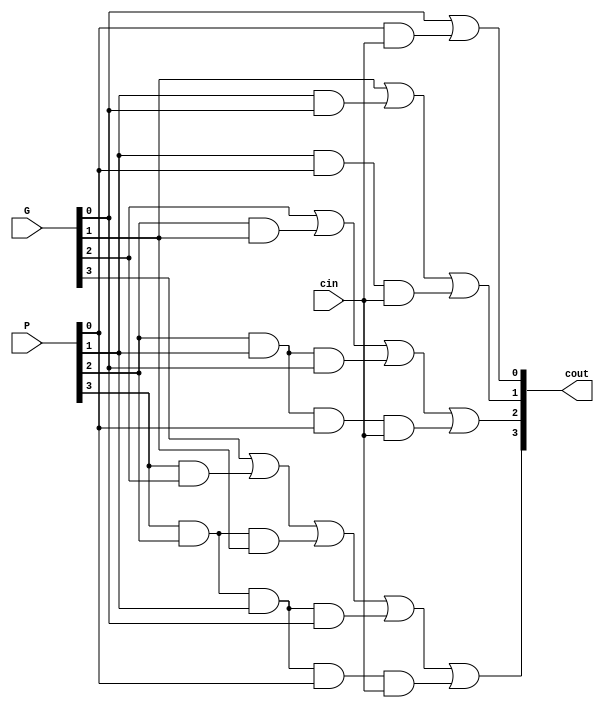
module cla4 (/*AUTOARG*/
             G,//4 bit
             P,//4 bit
             cin,//1 bit
             cout//4 bit
 ) ;
   input  [4-1:0] G, P;
   input  cin;
   output [4-1:0] cout;

   assign cout[0] = G[0] | (P[0] & cin);
   assign cout[1] = G[1] | (P[1] & G[0]) | (P[1] & P[0] & cin);
   assign cout[2] = G[2] | (P[2] & G[1]) | (P[2] & P[1] & G[0]) | (P[2] & P[1] & P[0] & cin);
   assign cout[3] = G[3] | (P[3] & G[2]) | (P[3] & P[2] & G[1]) | (P[3] & P[2] & P[1] & G[0]) | (P[3] & P[2] & P[1] & P[0] & cin);
   
endmodule // cla4